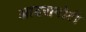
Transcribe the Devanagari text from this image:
आदरापोटी